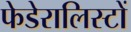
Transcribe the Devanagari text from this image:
फेडेरालिस्टों